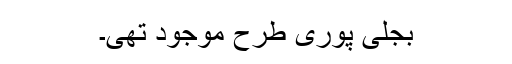
بجلی پوری طرح موجود تھی۔